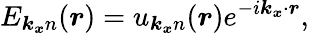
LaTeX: E_{\boldsymbol{k_{x}}n}(\boldsymbol{r})=u_{\boldsymbol{k_{x}}n}(\boldsymbol{r})e^{-i\boldsymbol{k_{x}}\cdot\boldsymbol{r}},